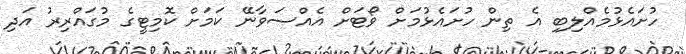
ހުށައެޅުމެއްލިބި އެ ތިން ހުށައެޅުމަށް ވޯޓަށް އެއްސަވާނޭ ކަމަށް ކޮމިޓީގެ މުގައްރިރު އަދި